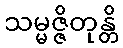
သမ္မဇ္ဇိတုန္တိ